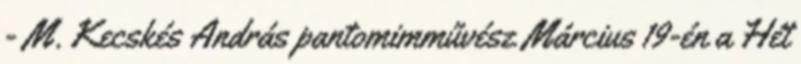
- M. Kecskés András pantomimművész Március 19-én a Hét